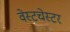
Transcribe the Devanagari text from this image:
वेस्‍टचेस्‍टर